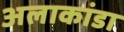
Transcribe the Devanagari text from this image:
अलाकांडा